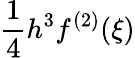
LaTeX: {\frac{1}{4}}h^{3}f^{(2)}(\xi)